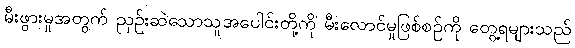
မီးဖွားမှုအတွက် ညှဉ်းဆဲသောသူအပေါင်းတို့ကို မီးလောင်မှုဖြစ်စဉ်ကို တွေ့ရများသည်